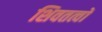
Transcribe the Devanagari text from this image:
शिवतत्वों